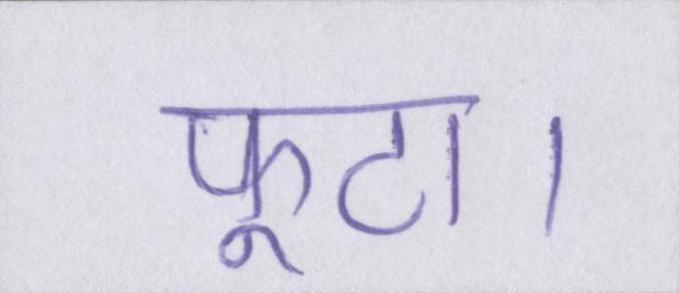
फूटा।